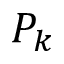
P _ { k }